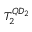
T _ { 2 } ^ { Q D _ { 2 } }